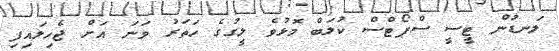
ލަނޑުން ޓީސީ ސްޕޯޓްސް ކުލަބް މޮޅުވެ ލީގުގެ ހަތަރު ވަނަ އަށް ޖެހިލައިފި